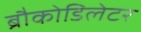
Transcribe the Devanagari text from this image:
ब्रौकोडिलेटर